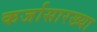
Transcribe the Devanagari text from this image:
कर्जासारख्या